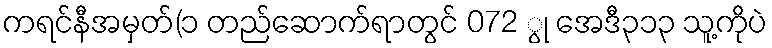
ကရင်နီအမှတ်(၁ တည်ဆောက်ရာတွင် 072 ွု အေဒီ၃၁၃ သူ့ကိုပဲ